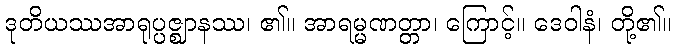
ဒုတိယဿအာရုပ္ပဇ္ဈာနဿ၊ ၏။ အာရမ္မဏတ္တာ၊ ကြောင့်။ ဒေဝါနံ၊ တို့၏။